Reports on military cantonments and civil stations in the Presidency of Bombay inspected by the Sanitary Commissioner in the years 1875 and 1876
Year: 1875
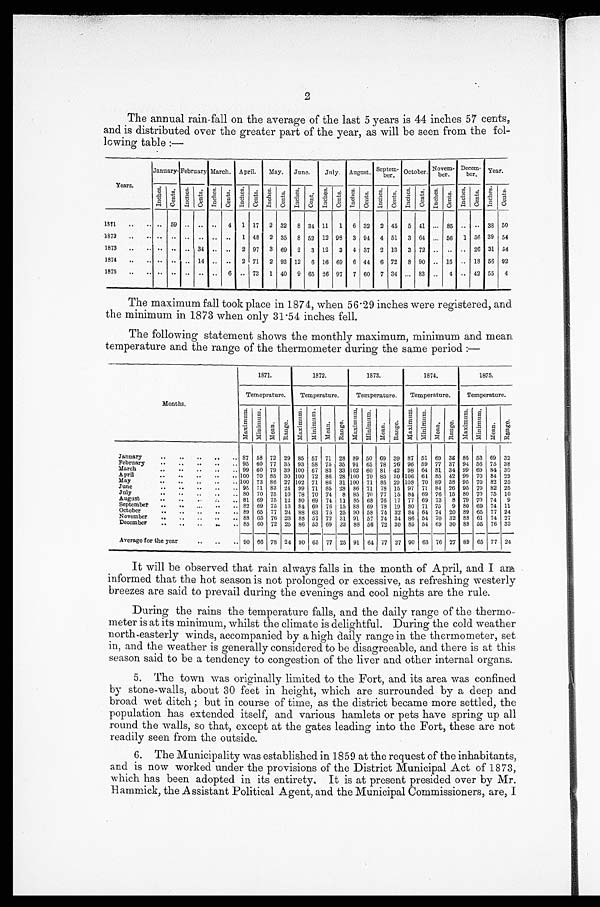
2
The annual rain-fall on the average of the last 5 years is 44 inches 57 cents,
and is distributed over the greater part of the year, as will be seen from the fol
-lowing table:—
Years.
January. February March. April.
May.
June.
July.
August.
S e p t e m - b e r . October.
N o v e m - b e r .
D e c e m - b e r . Ye
ar.
I n c h e s .
C e n t s .
I n c h e s .
C e n t e s .
I n c h e s .
C e n t s .
I n c h e s .
Cents.
I n c h e s .
C e n t s .
Inches.
C e n t .
I n c h e s .
C e n t s .
I n c h e s .
C e n t s .
I n c h e s .
C e n t s .
I n c h e s .
C e n t s .
I n c h e s .
C e n t s .
I n c h e s .
C e n t s .
I nches.
C e n t s .
1871
. . . . . .
59
. . .
. . .
. . .
4
1 17
2 32
8 34 11
1
6 32
2 45
5 41
. . . 85
. . .
. . . 38 50
1872 . . . . . .
. . .
. . .
. . .
. . .
. . .
1 48
2 35
8 52 12 98
3 94
4 51
3 64
. . . 56
1 56 39 54
1873 . . . . . .
. . .
. . .
34
. . .
. . .
2 97
3 69
2
3 12
3
4 37
2 13
3 72
. . . . . . . . . 26 31 54
1874
. . . . . .
. . . . . . 14 . . . . . . 2 71 2 93 12 6 16 69 6 44 6 72 8 90
. . . 15
. . . 18 56 92
1875
. . . . . .
. . . . . . . . . . . . 6 . . . 73 1 40 9 65 26 97 7 60 7 34 . . . 83
. . . 4 . . . 42 55 4
The maximum fall took place in 1874, when 56.29 inches were registered, and
the minimum in 1873 when only 31.54 inches fell.
The following statement shows the monthly maximum, minimum and mean
temperature and the range of the thermometer during the same period:—
Months.
1871.
1872.
1873.
1874.
1875.
Temeprature.
Temperature.
Temperature.
Temperature.
Temperature.
Maxi mum.
Mi n i mu m.
Me a n .
Range.
Maxi mum.
Mi ni mum.
M e a n . Range. Maxi mum.
Mi ni mum.
Mean.
Range.
Maximum.
Mi ni mum.
Me a n. Range.
Ma xi mum. Mi ni mum.
Me a n. Range.
January . . .
87 58 72 29 85 57 71 28 89 50 69 39 87 51 69 36 85 53 69 32
February . . . 95 60 77 35 93 58 75 35 94 65 78 26 96 59 77 37 94 56 75 38
March . . . 99 60 79 39 100 67 83 33 102 60 81 42 98 64 81 34 99 69 84 30
April . . . 100 70 85 30 100 72 86 28 100 70 85 30 106 64 85 42 99 70 84 29
May . . . 100 73 86 27 102 71 86 31 100 71 85 29 108 70 89 38 95 70 82 25
June
. . . 95 71 83 24 99 71 85 28 86 71 78 15 97 71 84 26 95 70 82 25
July
.
.
. 80 70 75 10 78 70 74
8 85 70 77 15 84 69 76 15 80 70 75 10
August . . . 81 69 75 12 80 69 74 11 85 68 76 17 77 69 73
8 79 70 74
9
September . . . 82 69 75 13 84 69 76 15 88 69 78 19 80 71 75
9 80 69 74 11
October . . . 89 65 77 24 88 63 75 25 90 58 74 32 84 64 74 20 89 65 77 24
November . . . 88 65 76 23 88 57 72 31 91 57 74 34 86 54 70 32 88 61 74 27
December
. . . 85 60 72 25 86 53 69 33 88 56 72 30 85 54 69 30 88 55 76 33
Average for the year . . . 90 66 78 24 90 65 77 25 91 64 77 27 90 63 76 27 89 65 77 24
It will be observed that rain always falls in the month of April, and I a
m i n f o r m e d t h a t t h e h o t s e a s o n i s n o t p r o l o n g e d o r e x c e s s i v e , a s r e f r e s h i n g w e s t e r l y
breezes are said to prevail during the evenings and cool nights are the rule.
During the rains the temperature falls, and the daily range of the thermo
- m e t e r i s a t i t s m i n i m u m , w h i l s t t h e c l i m a t e i s d e l i g h t f u l . D u r i n g t h e c o l d w e a t h e r
north-easterly winds, accompanied by a high daily range in the thermometer, set
in, and the weather is generally considered to be disagreeable, and there is at this
season said to be a tendency to congestion of the liver and other internal organs.
5. The town was originally limited to the Fort, and its area was confined
by stone-walls, about 30 feet in height, which are surrounded by a deep and
broad wet ditch; but in course of time, as the district became more settled, the
population has extended itself, and various hamlets or pets have spring up all
round the walls, so that, except at the gates leading into the Fort, these are not
readily seen from the outside.
6. The Municipality was established in 1859 at the request of the inhabitants,
and is now worked under the provisions of the District Municipal Act of 1873,
which has been adopted in its entirety. It is at present presided over by Mr.
Hammick, the Assistant Political Agent, and the Municipal Commissioners, are, I